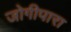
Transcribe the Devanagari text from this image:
जोगीपारा